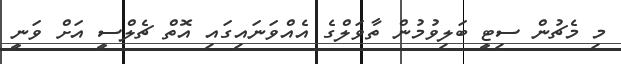
މި މެޗުން ސިޓީ ބަލިވުމުން ތާވަލްގެ އެއްވަނައިގައި އޮތް ޗެލްސީ އަށް ވަނީ